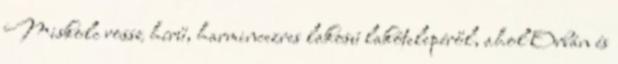
Miskolc rossz hírű, harmincezres lakosú lakótelepéről, ahol Orbán és